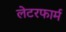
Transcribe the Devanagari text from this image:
लेटरफार्म